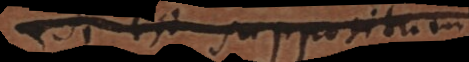
Si est suppositum,